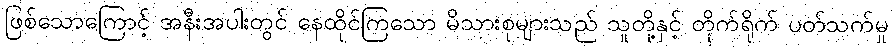
ဖြစ်သောကြောင့် အနီးအပါးတွင် နေထိုင်ကြသော မိသားစုများသည် သူတို့နှင့် တိုက်ရိုက် ပတ်သက်မှု